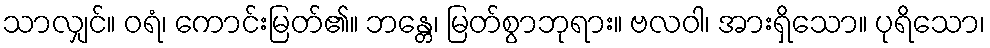
သာလျှင်။ ဝရံ၊ ကောင်းမြတ်၏။ ဘန္တေ၊ မြတ်စွာဘုရား။ ဗလဝါ၊ အားရှိသော။ ပုရိသော၊